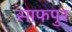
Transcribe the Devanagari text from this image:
साफपुर